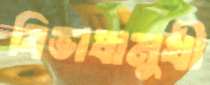
বিভাষামুখী